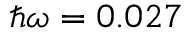
{ \hbar } \omega = 0 . 0 2 7